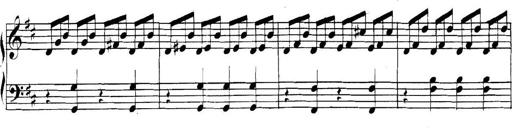
Title: Collected Piano Sonatas
Composer: Muzio Clementi